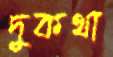
দুকথা